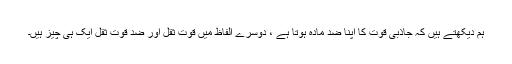
ہم دیکھتے ہیں کہ جاذبی قوّت کا اپنا ضد مادّہ ہوتا ہے ، دوسرے الفاظ میں قوّت ثقل اور ضد قوّت ثقل ایک ہی چیز ہیں۔